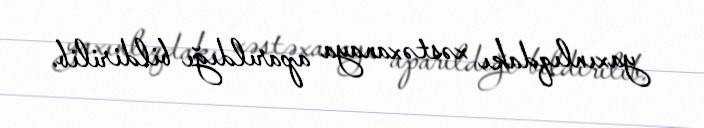
yaxınlıqdakı xəstəxanaya aparıldığı bildirilib.